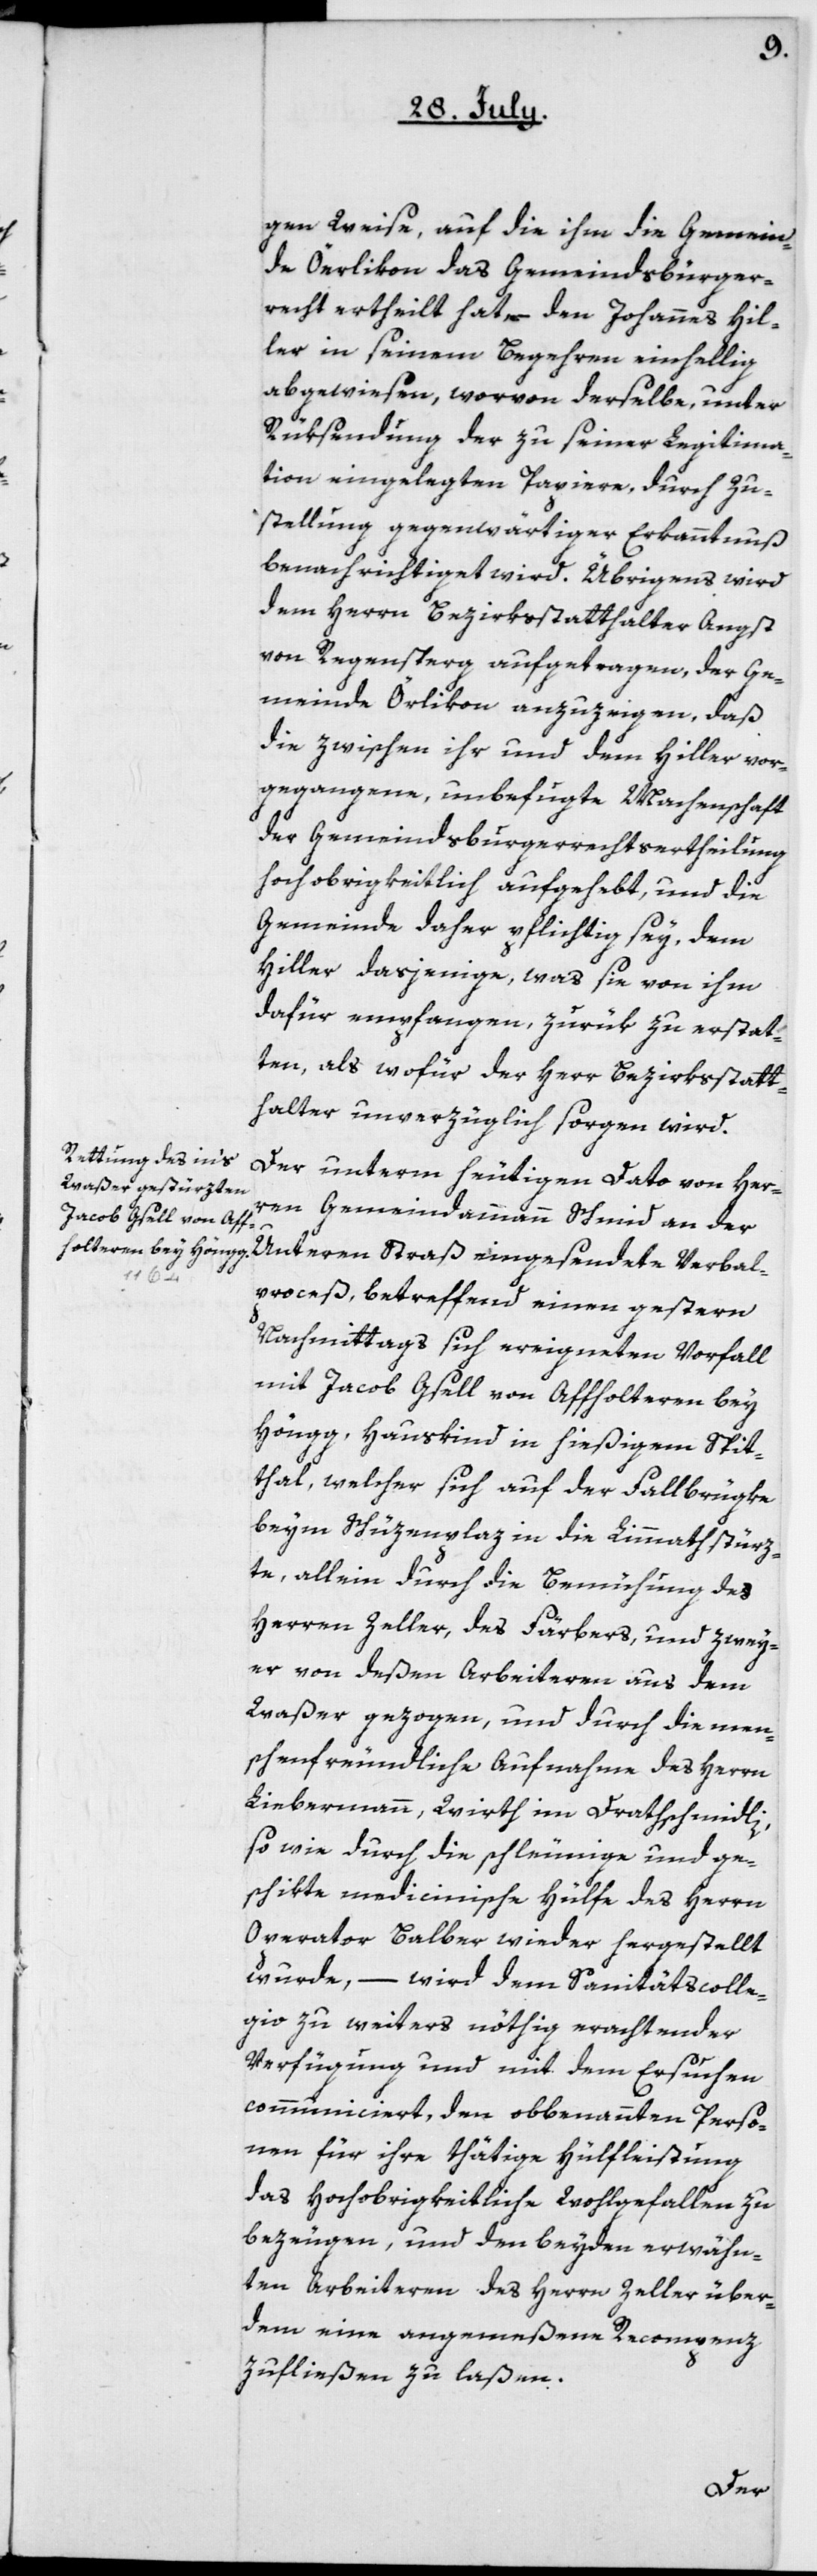
gen Weise, auf die ihm die Gemein¬
de Oerlikon das Gemeindsbürger¬
recht ertheilt hat, – den Johannes Hil¬
ler in seinem Begehren einhellig
abgewiesen, worvon derselbe, unter
Rüksendung der zu seiner Legitima¬
tion eingelegten Papiere, durch Zu¬
stellung gegenwärtiger Erkanntnuß
benachrichtiget wird. Übrigens wird
dem Herrn Bezirkstatthalter Angst
von Regensperg aufgetragen, der Ge¬
meinde Örlikon anzuzeigen, daß
die zwischen ihr und dem Hiller vor¬
gegangene unbefugte Machenschaft
der Gemeindsburgerrechts-Erteilung
hochobrigkeitlich aufgehebt und die
Gemeinde daher pflichtig sey, dem
Hiller dasjenige, was sie von ihm
dafür empfangen, zurük zu erstat¬
ten, als wofür der Herr Bezirkstatt¬
halter unverzüglich sorgen wird.
Der unterm heutigen Dato von Her¬
ren Gemeindammann Schmid an der
bal¬
proceß, betreffend einen gestern
Nachmittags sich ereigneten Vorfall
mit Jacob Gsell von Affoltern bey
Höngg, Hauskind in hiesigem Spi¬
thal, welcher sich auf der Fallbrüke
beim Schützenplatz in die Limmat stürz¬
te, allein durch die Bemühung des
Herren Zeller, des Färbers, und zwei¬
er von deßen Arbeiteren aus dem
Waßer gezogen, und durch die men¬
schenfreundliche Aufnahme des Herrn
Liebermann, Wirth im Drathschmidli,
so wie durch die schleunige und ge¬
schikte medicinische Hülfe des Herrn
Operator Balber wieder hergestellt
wurde, – wird dem Sanitätscolle¬
gio zu weiters nöthig erachtender
Verfügung und mit dem Ersuchen
communiciert, den obbenanten Perso¬
nen für ihre thätige Hülfleistung
das Hochobrigkeitliche Wohlgefallen zu
bezeugen, und den beyden erwähn¬
ten Arbeiteren des Herrn Zeller über¬
dem eine angemeßene Recompenz
zufließen zu laßen.
Ver¬